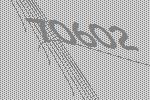
70602